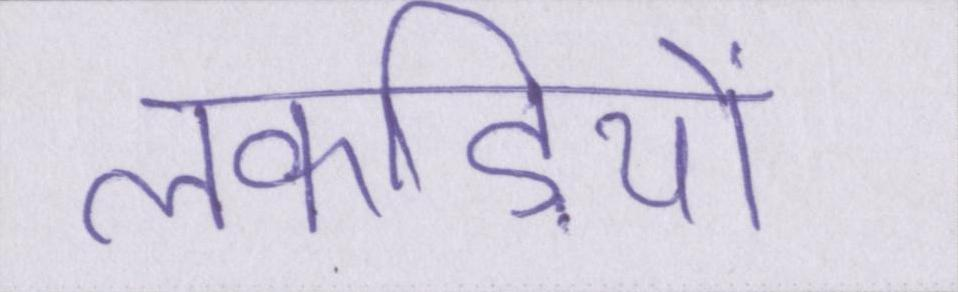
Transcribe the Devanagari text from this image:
लकड़ियों